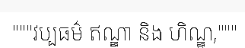
"""វប្បធម៌ ឥណ្ឌា និង ហិណ្ឌូ,"""